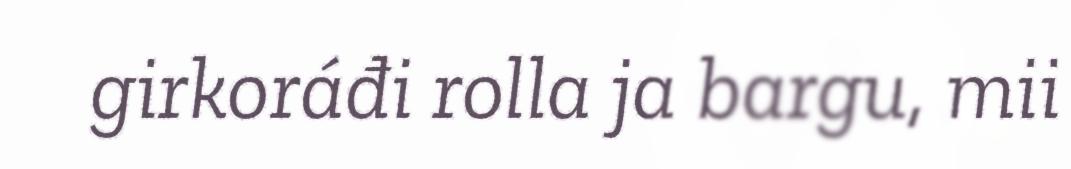
girkoráđi rolla ja bargu, mii